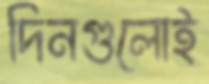
দিনগুলোই